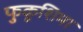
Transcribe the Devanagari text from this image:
फुकूशिमा